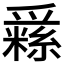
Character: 𤔳